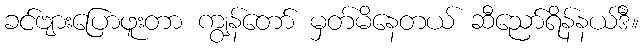
ခင်ဗျားပြောဖူးတာ ကျွန်တော် မှတ်မိနေတယ် ဆီညော်ရိန်နယ်ဒီ။